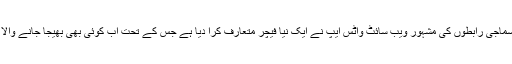
غیر ملکی میڈیا کے مطابق سماجی رابطوں کی مشہور ویب سائٹ واٹس ایپ نے ایک نیا فیچر متعارف کرا دیا ہے جس کے تحت اب کوئی بھی بھیجا جانے والا پیغام ڈیلیٹ کیا جا سکتا ہے۔